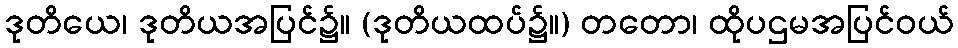
ဒုတိယေ၊ ဒုတိယအပြင်၌။ (ဒုတိယထပ်၌။) တတော၊ ထိုပဌမအပြင်ဝယ်